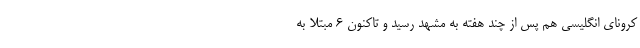
کرونای انگلیسی هم پس از چند هفته به مشهد رسید و تاکنون ۶ مبتلا به